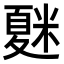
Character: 𥻴